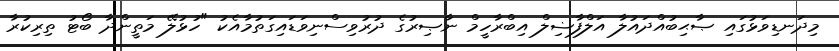
މިދަނޑިވަޅުގައި ޞާޙިބުއްދައުލާ އަލްފާޟިލް އިބްރާހީމް ނާޞިރުގެ ދުރުވިސްނިވަޑައިގަތުމާއެކު "ހުޅުލޭ މަތީންދާ ބޯޓު ތިރިކުރާ